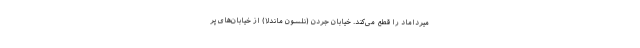
میرداماد را قطع می‌کند. خیابان جردن (نلسون ماندلا) از خیابان‌های پر